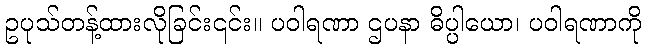
ဥပုသ်တန့်ထားလိုခြင်း၎င်း။ ပဝါရဏာ ဌပနာ ဓိပ္ပါယော၊ ပဝါရဏာကို